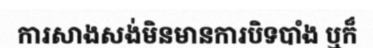
ការសាងសង់មិនមានការបិទបាំង ឬក៏